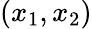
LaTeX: (x_{1},x_{2})